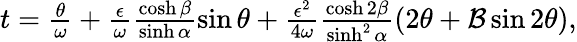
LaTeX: \begin{array}{r}{t=\frac{\theta}{\omega}+\frac{\epsilon}{\omega}\frac{\cosh\beta}{\sinh\alpha}\sin\theta+\frac{\epsilon^{2}}{4\omega}\frac{\cosh 2\beta}{\sinh^{2}\alpha}\left({2\theta}+{\mathcal{B}\sin 2\theta}\right),}\end{array}